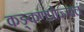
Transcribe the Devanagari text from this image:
कङ्कणप्रोज्ज्वलं